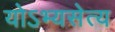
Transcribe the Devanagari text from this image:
योऽभ्यसेत्य